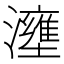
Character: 𤃟